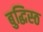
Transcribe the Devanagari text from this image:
बुद्धिस्ठ